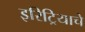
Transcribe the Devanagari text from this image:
इरिट्रियाचे